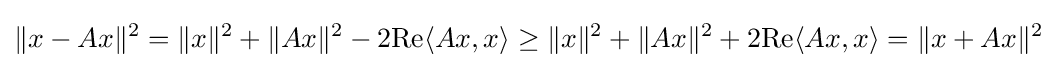
\|x-Ax\|^{2}=\|x\|^{2}+\|Ax\|^{2}-2{\rm {Re}}\langle Ax,x\rangle \geq \|x\|^{2}+\|Ax\|^{2}+2{\rm {Re}}\langle Ax,x\rangle =\|x+Ax\|^{2}